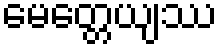
မေတ္တေယျဿ